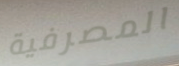
المصرفية